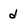
Character: d